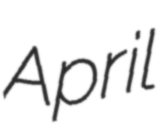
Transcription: April